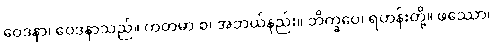
ဝေဒနာ၊ ဝေဒနာသည်။ ကတမာ စ၊ အဘယ်နည်း။ ဘိက္ခဝေ၊ ရဟန်းတို့။ ဖဿော၊